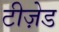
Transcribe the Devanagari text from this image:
टीज़ेड